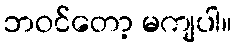
ဘဝင်တော့ မကျပါ။